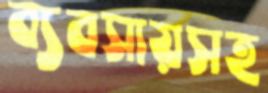
ব্যবসায়সহ